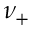
\nu _ { + }